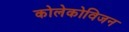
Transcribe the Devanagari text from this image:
कोलेकोविजन